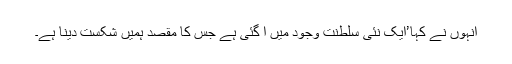
انہوں نے کہا’ایک نئی سلطنت وجود میں آ گئی ہے جس کا مقصد ہمیں شکست دینا ہے۔